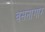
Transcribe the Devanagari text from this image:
वसनागार